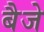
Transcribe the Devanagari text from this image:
बैजे